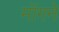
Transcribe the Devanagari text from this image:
मॉगने